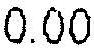
0.00